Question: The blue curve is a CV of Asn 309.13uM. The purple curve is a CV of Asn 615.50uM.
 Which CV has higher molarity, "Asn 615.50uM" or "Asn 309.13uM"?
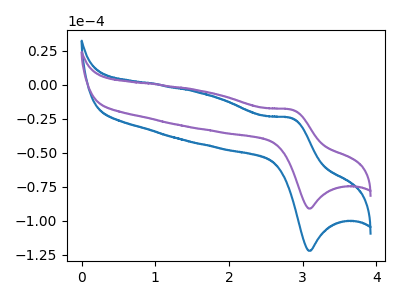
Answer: <think>The blue curve "Asn 309.13uM" has an anodic peak at (2.85V, -24.50uA) and a cathodic peak at (3.10V, -121.90uA). The purple curve "Asn 615.50uM" has an anodic peak at (2.85V, -18.25uA) and a cathodic peak at (3.10V, -90.90uA).
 All the peaks in "Asn 615.50uM" have a peak in "Asn 309.13uM" at the same potential.</think>
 <answer>I cant tell if "Asn 615.50uM" or "Asn 309.13uM" has higher concentration.</answer>
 <eval>mixed_concentration</eval>